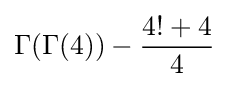
\Gamma (\Gamma (4))-{\frac {4!+4}{4}}